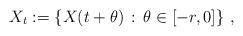
LaTeX: \begin{align*}X_t := \left \{X(t+\theta) \, : \, \theta \in [-r,0] \right \}\, ,\end{align*}